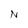
Character: N